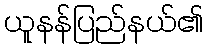
ယူနန်ပြည်နယ်၏